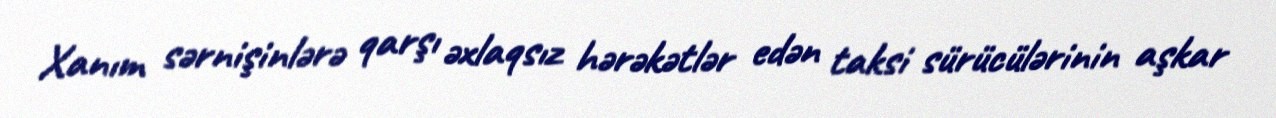
Xanım sərnişinlərə qarşı əxlaqsız hərəkətlər edən taksi sürücülərinin aşkar